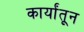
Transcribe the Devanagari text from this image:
कार्यांतून